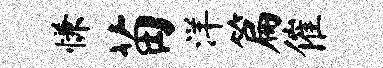
慊苗洋篇催